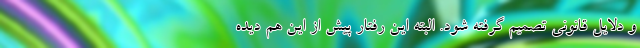
و دلایل قانونی تصمیم گرفته شود. البته این رفتار پیش‌ از این هم دیده